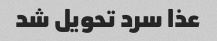
عذا سرد تحویل شد